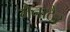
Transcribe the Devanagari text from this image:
मैनाठैर